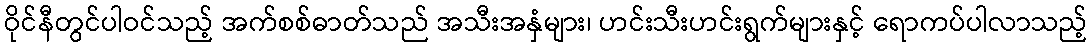
ဝိုင်နီတွင်ပါဝင်သည့် အက်စစ်ဓာတ်သည် အသီးအနှံများ၊ ဟင်းသီးဟင်းရွက်များနှင့် ရောကပ်ပါလာသည့်